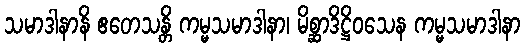
သမာဒါနာနိ ဧတေသန္တိ ကမ္မသမာဒါနာ၊ မိစ္ဆာဒိဋ္ဌိဝသေန ကမ္မသမာဒါနာ